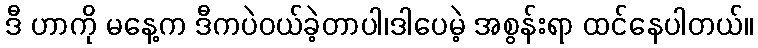
ဒီ ဟာကို မနေ့က ဒီကပဲဝယ်ခဲ့တာပါ၊ဒါပေမဲ့ အစွန်းရာ ထင်နေပါတယ်။